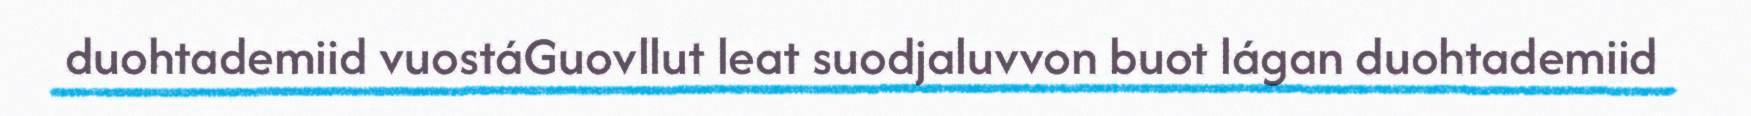
duohtademiid vuostáGuovllut leat suodjaluvvon buot lágan duohtademiid